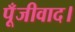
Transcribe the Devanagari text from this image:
पूँजीवाद।